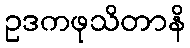
ဥဒကဖုသိတာနိ